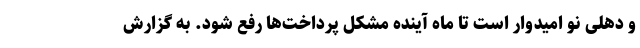
و دهلی نو امیدوار است تا ماه آینده مشکل پرداخت‌ها رفع شود. به گزارش